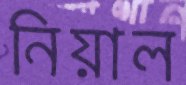
নিয়াল